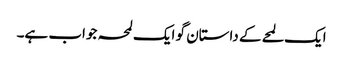
ایک لمحے کے داستان گو ایک لمحہ جواب ہے۔